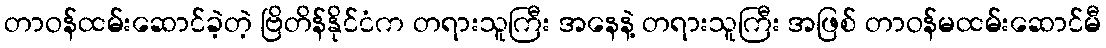
တာဝန်ထမ်းဆောင်ခဲ့တဲ့ ဗြိတိန်နိုင်ငံက တရားသူကြီး အနေနဲ့ တရားသူကြီး အဖြစ် တာဝန်မထမ်းဆောင်မီ